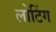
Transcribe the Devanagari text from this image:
लोटिंग